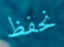
نحفظ